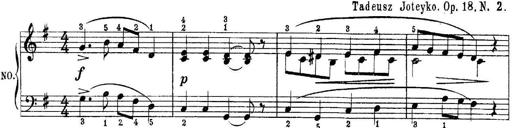
Title: Quatres sonatines
Composer: Tadeusz Joteyko